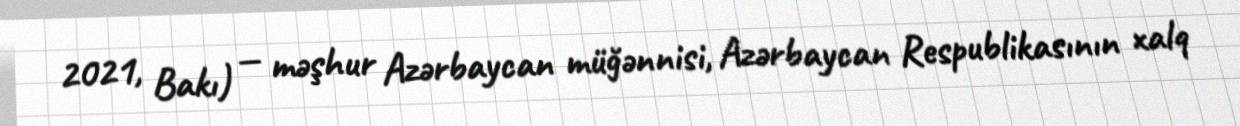
2021, Bakı) — məşhur Azərbaycan müğənnisi, Azərbaycan Respublikasının xalq